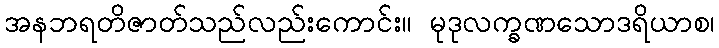
အနဘရတိဇာတ်သည်လည်းကောင်း။ မုဒုလက္ခဏသောဒရိယာစ၊